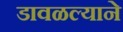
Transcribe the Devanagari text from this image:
डावळल्याने